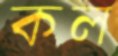
কল